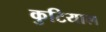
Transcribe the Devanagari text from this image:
कुटियाल